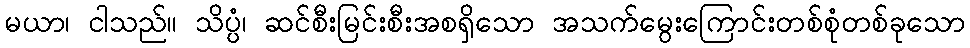
မယာ၊ ငါသည်။ သိပ္ပံ၊ ဆင်စီးမြင်းစီးအစရှိသော အသက်မွေးကြောင်းတစ်စုံတစ်ခုသော